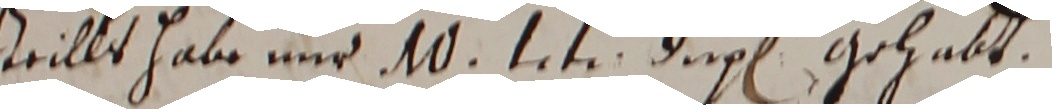
trillt habe und 10 1 tr dur gehabt.